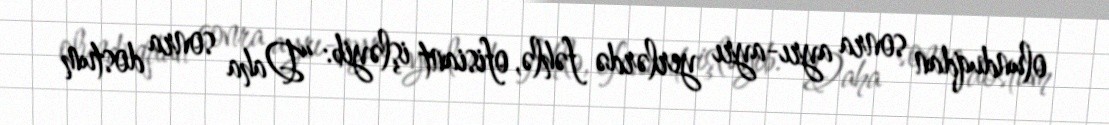
olunduqdan sonra ayrı-ayrı yerlərdə fəhlə, ofisiant işləyib: “Daha sonra dostum